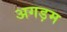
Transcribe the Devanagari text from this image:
अगड़म